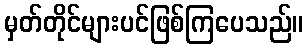
မှတ်တိုင်များပင်ဖြစ်ကြပေသည်။